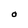
Character: O